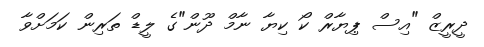
ދީރީޒް "އިސް ޕިޔާރް ކޯ ކިޔާ ނާމް ދޫން"ގެ ލީޑް ތަރިން ކަމަށްވާ